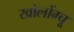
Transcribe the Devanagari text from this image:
खोलोंग्चू